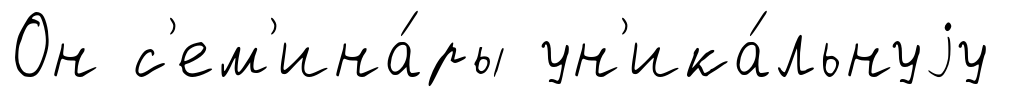
Он с'ем'ина́ры ун'ика́льнуjу